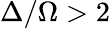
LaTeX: \Delta/\Omega>2